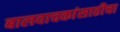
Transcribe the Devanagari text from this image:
बालवाचकांसाठीचा